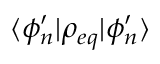
\langle \phi _ { n } ^ { \prime } \rvert \rho _ { e q } \lvert \phi _ { n } ^ { \prime } \rangle